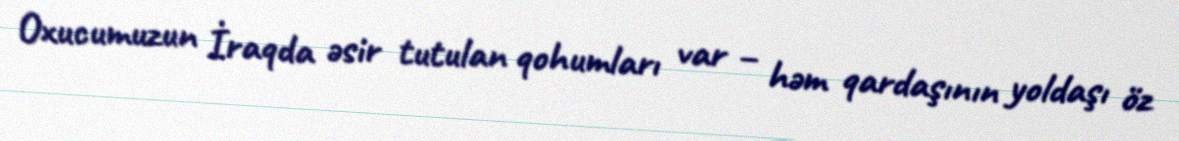
Oxucumuzun İraqda əsir tutulan qohumları var – həm qardaşının yoldaşı öz